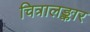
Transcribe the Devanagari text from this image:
चित्रालङ्कार